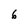
Character: 6